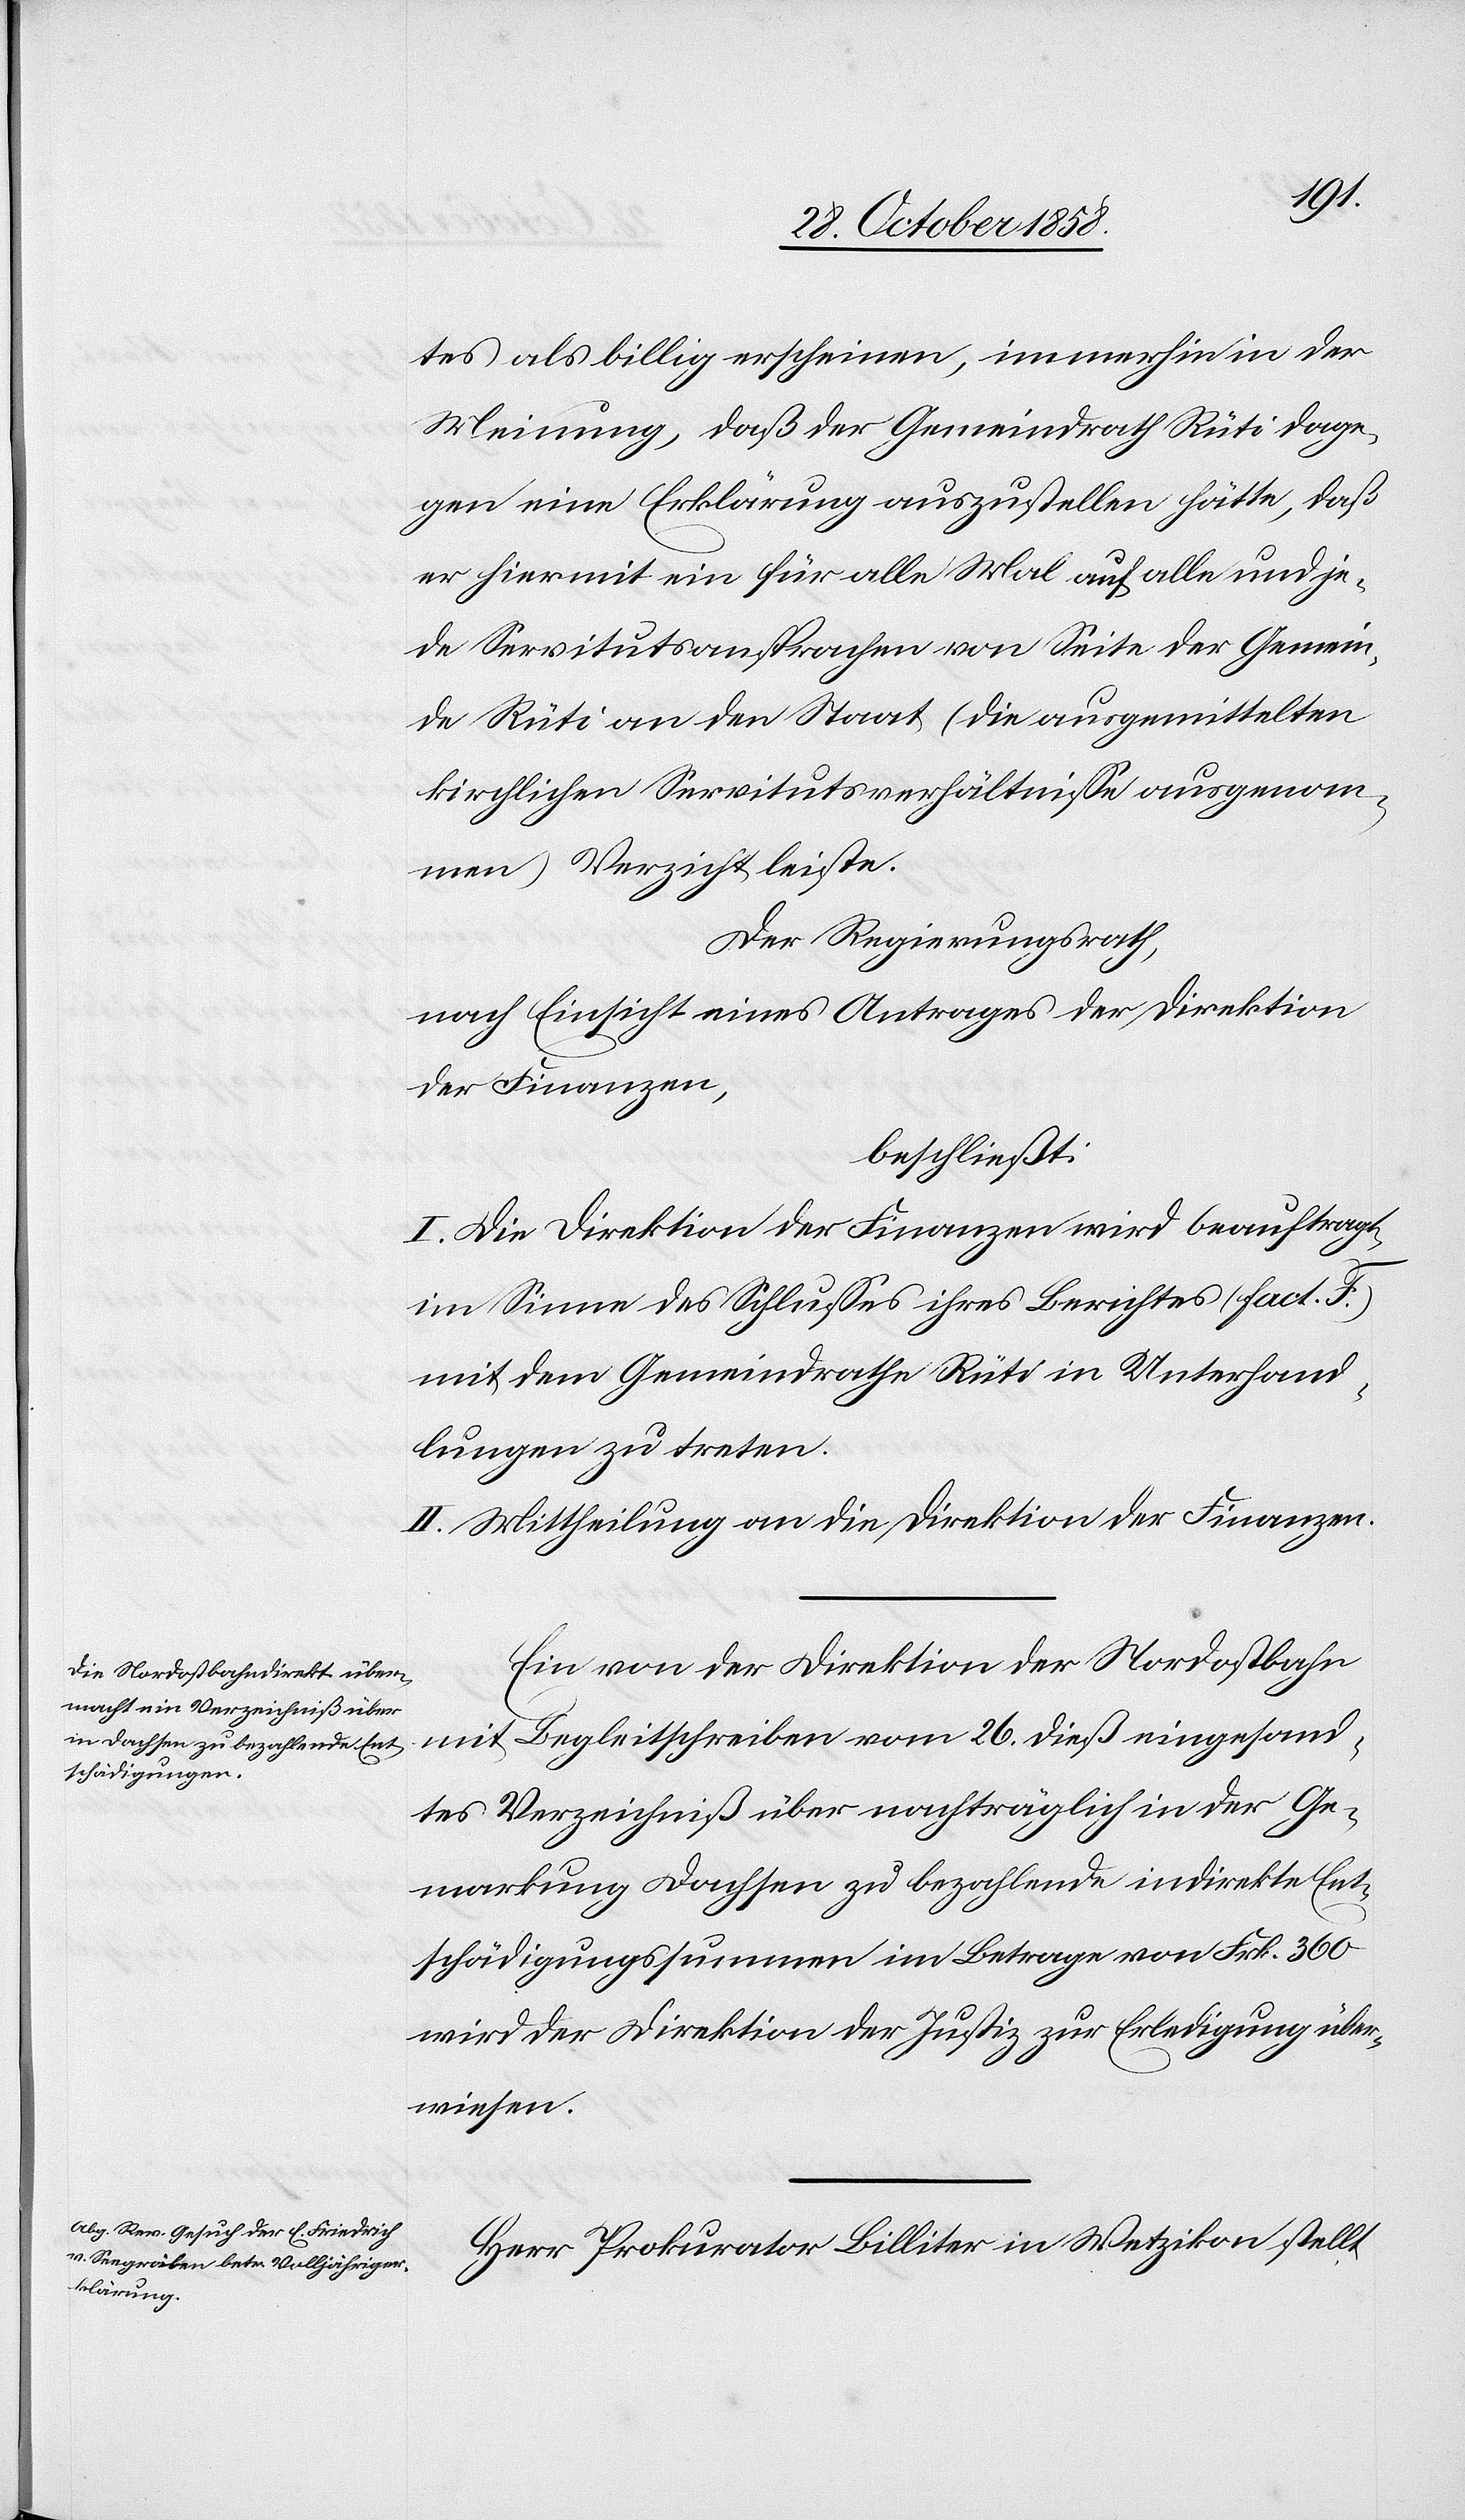
tes als billig erscheinen, immerhin in der
Meinung, daß der Gemeindrath Rüti dage¬
gen eine Erklärung auszustellen hätte, daß
er hiermit ein für alle Mal auf alle und je¬
de Servitutsansprachen von Seite der Gemein¬
de Rüti an den Staat (die ausgemittelten
kirchlichen Servitutsverhältnisse ausgenom¬
men) Verzicht leiste.
Der Regierungsrath,
nach Einsicht eines Antrages der Direktion
der Finanzen,
beschließt:
I. Die Direktion der Finanzen wird beauftragt,
im Sinne des Schlusses ihres Berichtes (Fact. F.)
mit dem Gemeindrathe Rüti in Unterhand¬
lungen zu treten.
II. Mittheilung an die Direktion der Finanzen.
Ein von der Direktion der Nordostbahn
mit Begleitschreiben vom 26. dieß eingesand¬
tes Verzeichniß über nachträglich in der Ge¬
markung Dachsen zu bezahlende indirekte Ent¬
schädigungssummen im Betrage von Frk. 360
wird der Direktion der Justiz zur Erledigung über¬
wiesen.
Herr Prokurator Billiter in Wetzikon stellt